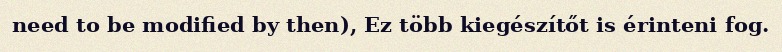
need to be modified by then), Ez több kiegészítőt is érinteni fog.